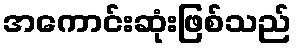
အကောင်းဆုံးဖြစ်သည်